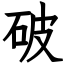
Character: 破